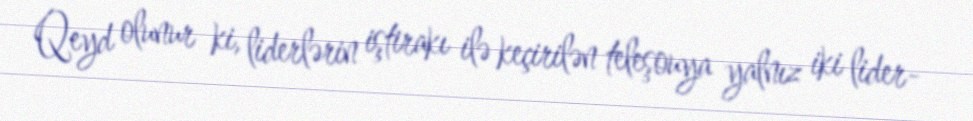
Qeyd olunur ki, liderlərin iştirakı ilə keçirilən teleşouya yalnız iki lider-